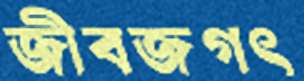
জীবজগৎ